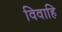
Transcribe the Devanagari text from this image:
विवाहि